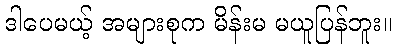
ဒါပေမယ့် အများစုက မိန်းမ မယူပြန်ဘူး။